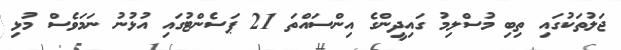
ޖަލުތަކުގައި ތިބި މުސްލިމު ގައިދީންގެ އިންސައްތަ 21 ޕަސެންޓުގައި އުޅުނު ނަމަވެސް މުޅި